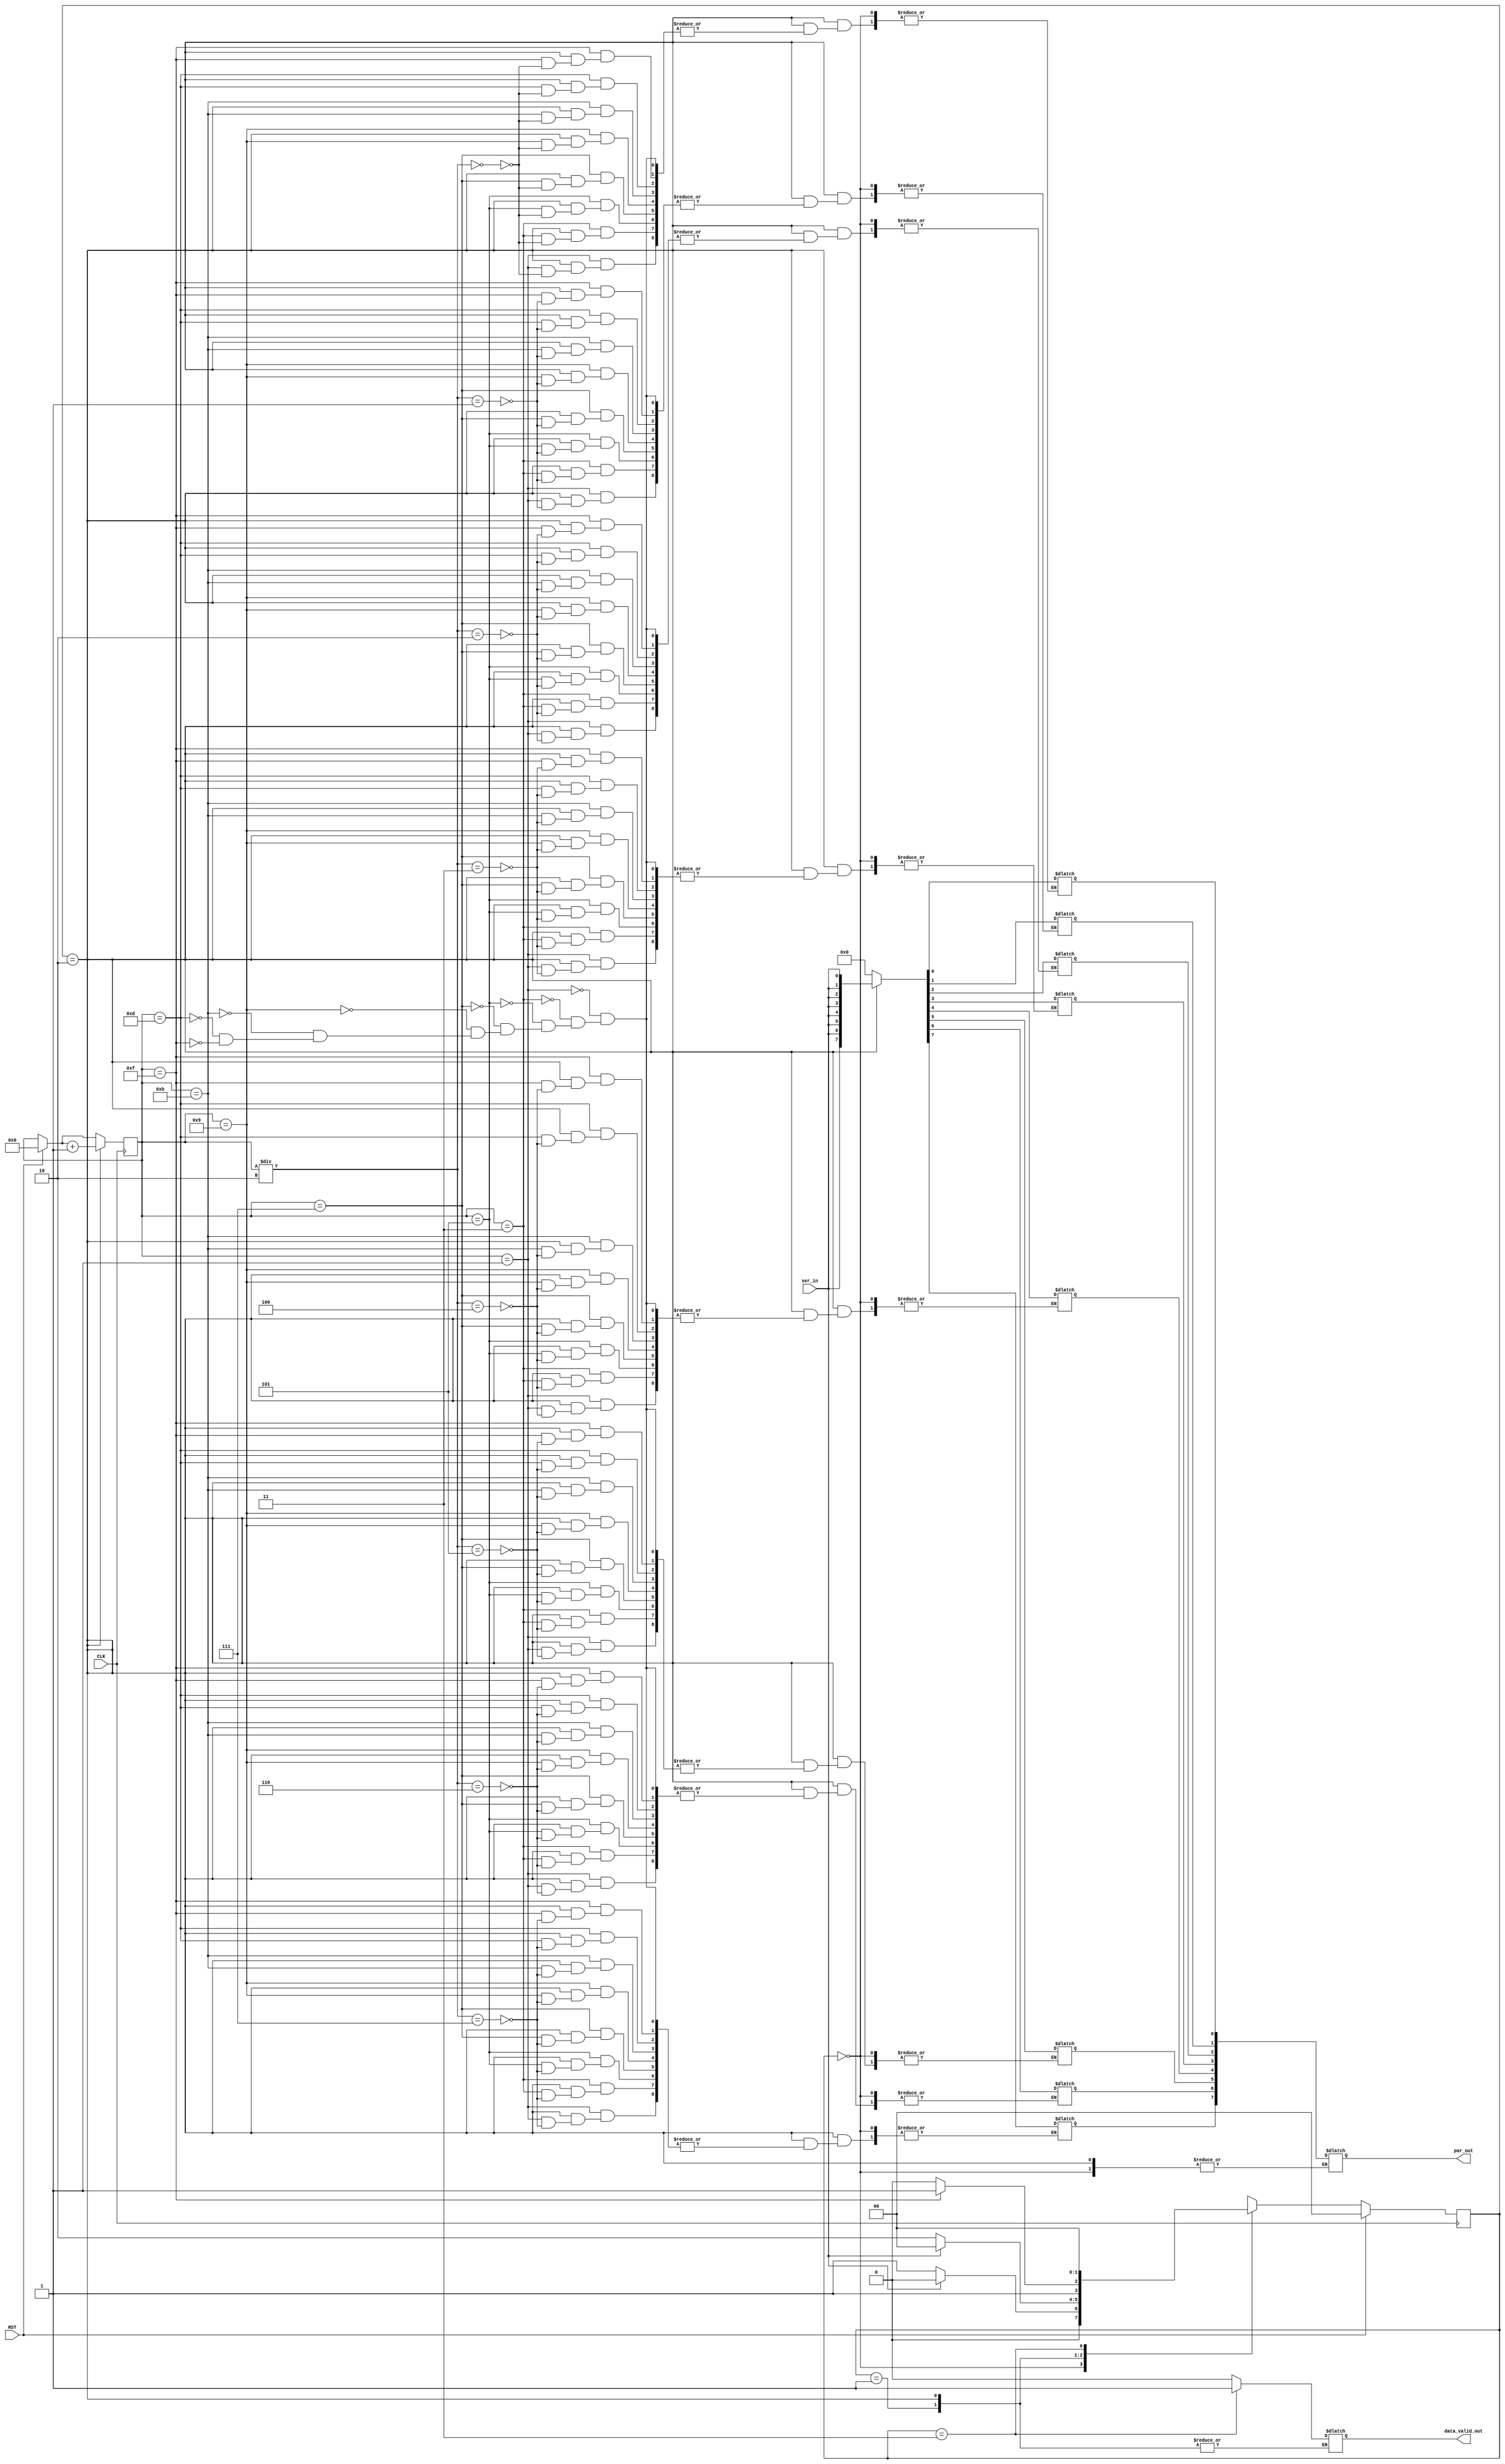
`timescale 1ns / 1ps
//////////////////////////////////////////////////////////////////////////////////
// Company: 
// Engineer: 
// 
// Design Name: 
// Module Name: UART_rcv_fsm
// Project Name: 
// Target Devices: 
// Tool Versions: 
// Description: 
// 
// Dependencies: 
// 
// Revision:
// Revision 0.01 - File Created
// Additional Comments:
// 
//////////////////////////////////////////////////////////////////////////////////


module UART_rcv_fsm #(parameter idle = 2'b00, start = 2'b01,
                                data = 2'b10, stop = 2'b11)
                     (input wire CLK, RST, ser_in,
                      output reg [7:0] par_out,
                      output reg data_valid_out);
    reg [1:0] state, next_state;
    reg [3:0] CLK_counter;
    reg [7:0] found_word;
    
    always @(posedge CLK)
    begin
        if(RST)                 //this RST has to go.
        begin
            state <= idle;
            CLK_counter = 4'b0000;
        end
        else    state <= next_state;
        if(state == data)   CLK_counter = CLK_counter + 1;
    end
    
    //I've seperated the negedge and the posedge procedural block to eliminate ambiguous clock signals
    
//    always @(negedge CLK)
//    begin
//        if(RST) state <= idle;
//        else    state <= next_state;
//        if(state == data)   CLK_counter = CLK_counter + 1;
//    end
    
    always @(state or CLK_counter or ser_in)
    begin
        case(state)
            idle:   if(ser_in)  next_state = idle;
                    else        next_state = start;
            start:  if(!ser_in) next_state = data;
                    else        next_state = idle;
            data:
                    if(CLK_counter == 15)   next_state = stop;
                    else                    next_state = data;
            stop:   next_state = idle;      // This old code doesn't match the diagram.     //if(ser_in)  next_state = idle; else next_state = start;
                    //we go straight to IDLE state since the stop bit of the transmission
                    // data frame will be read as one for two state updates in this reciever.
                    //idle is the best place to await a 0 bit.                        
        endcase
    end
    
    always @(state or CLK_counter or ser_in)
    begin
        case(state)
            idle:   data_valid_out = 1'b0;  //must halt transmissions from idle state
            start:  
            begin
                    par_out = 8'bXXXXXXXX;
                    found_word = 8'b00000000;
                    //CLK_counter = 4'b0000;
            end
            data:
            begin
                case (CLK_counter)
                    4'b0001: found_word[CLK_counter / 2] = ser_in;//make a case for all 8 even numbers to 16
                    4'b0011: found_word[CLK_counter / 2] = ser_in;
                    4'b0101: found_word[CLK_counter / 2] = ser_in;
                    4'b0111: found_word[CLK_counter / 2] = ser_in;
                    4'b1001: found_word[CLK_counter / 2] = ser_in;
                    4'b1011: found_word[CLK_counter / 2] = ser_in;
                    4'b1101: found_word[CLK_counter / 2] = ser_in;
                    4'b1111: found_word[CLK_counter / 2] = ser_in;
                    default: found_word = found_word;               //odd case
                endcase
                //if(CLK_counter % 2) found_word[CLK_counter / 2] = ser_in;       //% won't work
            end
            stop:   
            begin
                par_out = found_word;
                found_word = 8'bXXXXXXXX;
                //CLK_counter = 4'bXXXX;
                data_valid_out = 1'b1;
            end
        endcase
    end
endmodule